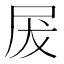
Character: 𭕖